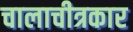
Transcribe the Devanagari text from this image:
चालाचीत्रकार